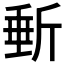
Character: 𣂩